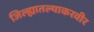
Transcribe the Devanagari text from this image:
जिल्ह्यातल्याकरवीर